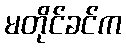
မတိုင်ခင်က